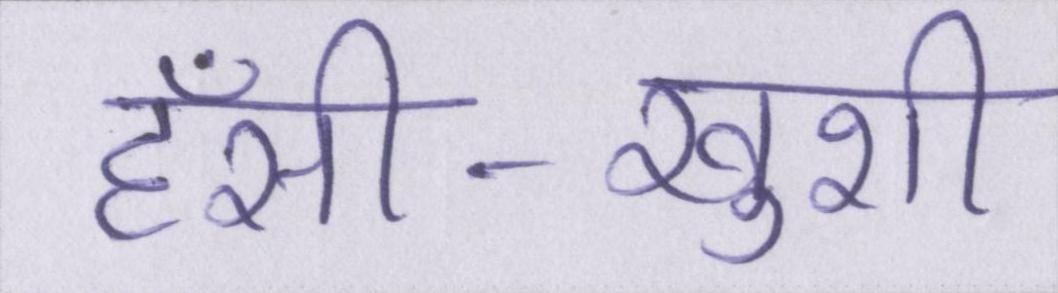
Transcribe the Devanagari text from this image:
हँसी-खुशी